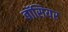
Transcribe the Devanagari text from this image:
बॉसियर